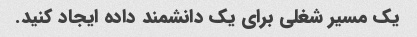
یک مسیر شغلی برای یک دانشمند داده ایجاد کنید.